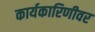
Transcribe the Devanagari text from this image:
कार्यकारिणीवर